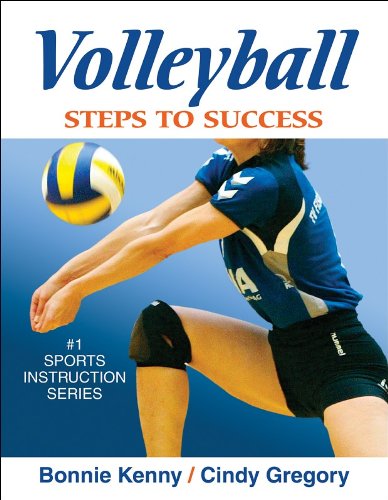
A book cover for Volleyball: Steps to Success; Bonnie Kenny; Sports & Outdoors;